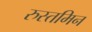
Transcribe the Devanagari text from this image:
रुस्तमिन